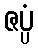
ဇပ္ပံ